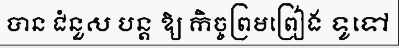
បាន ជំនួស បន្ត ឱ្យ កិច្ចព្រមព្រៀង ទូទៅ